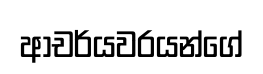
ආචර්යවරයන්ගේ